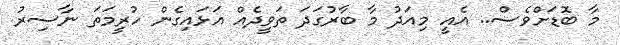
މާ ބޮޑަށްވެސް.. އެއީ މިއަދު މާ ބާރުގަދަ ތަވީދެއް އަޅައިގެން ހުރީމަތަ ނާސިރު